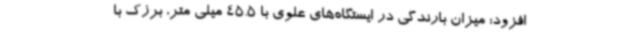
افزود: میزان بارندگی در ایستگاه‌های علوی با 45.5 میلی متر، برزک با